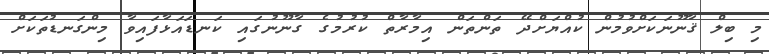
މި ބިލް ޤާނޫނަކަށްވުމުން ކުއްޔަށްދޭ ތަންތަން އިމާރާތް ކުރުމުގެ ގާނޫނުގައި ކަނޑައަޅާފައިވާ މިންގަނޑުތަކަށް